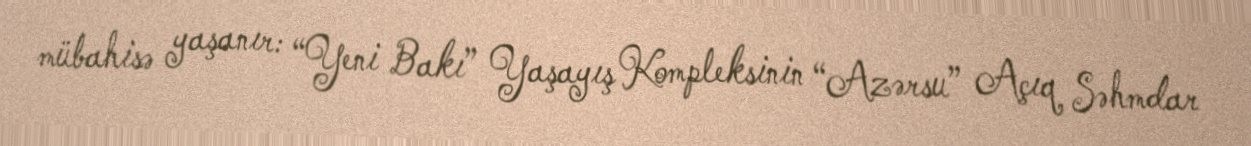
mübahisə yaşanır: “Yeni Bakı” Yaşayış Kompleksinin “Azərsu” Açıq Səhmdar